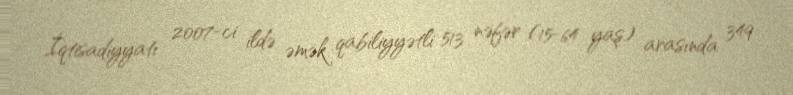
İqtisadiyyatı 2007-ci ildə əmək qabiliyyətli 513 nəfər (15-64 yaş) arasında 349